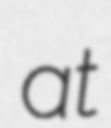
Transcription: at